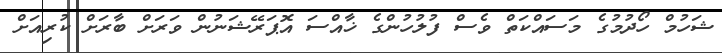
ޝަހުމް ހޯދުމުގެ މަސައްކަތް ވެސް ފުލުހުންގެ ޚާއްސަ އޮޕަރޭޝަނުން ވަރަށް ބާރަށް ކުރިއަށް